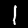
Digit: 1